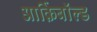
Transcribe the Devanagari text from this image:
आर्क़िबाॅल्ड